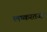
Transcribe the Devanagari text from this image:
लष्करतज्ज्ञ